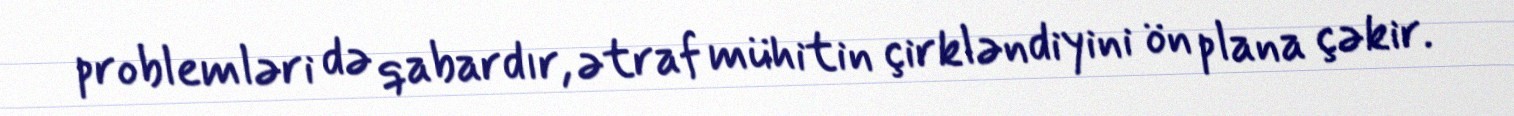
problemləri də qabardır, ətraf mühitin çirkləndiyini ön plana çəkir.